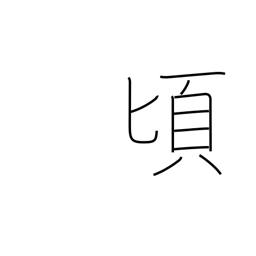
Meaning: toward